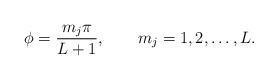
LaTeX: \begin{align*}\phi=\frac{m_j\pi}{L+1},\qquad m_j=1,2,\ldots,L.\end{align*}